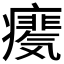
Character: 𪽺